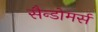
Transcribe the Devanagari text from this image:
सैन्डोमर्स